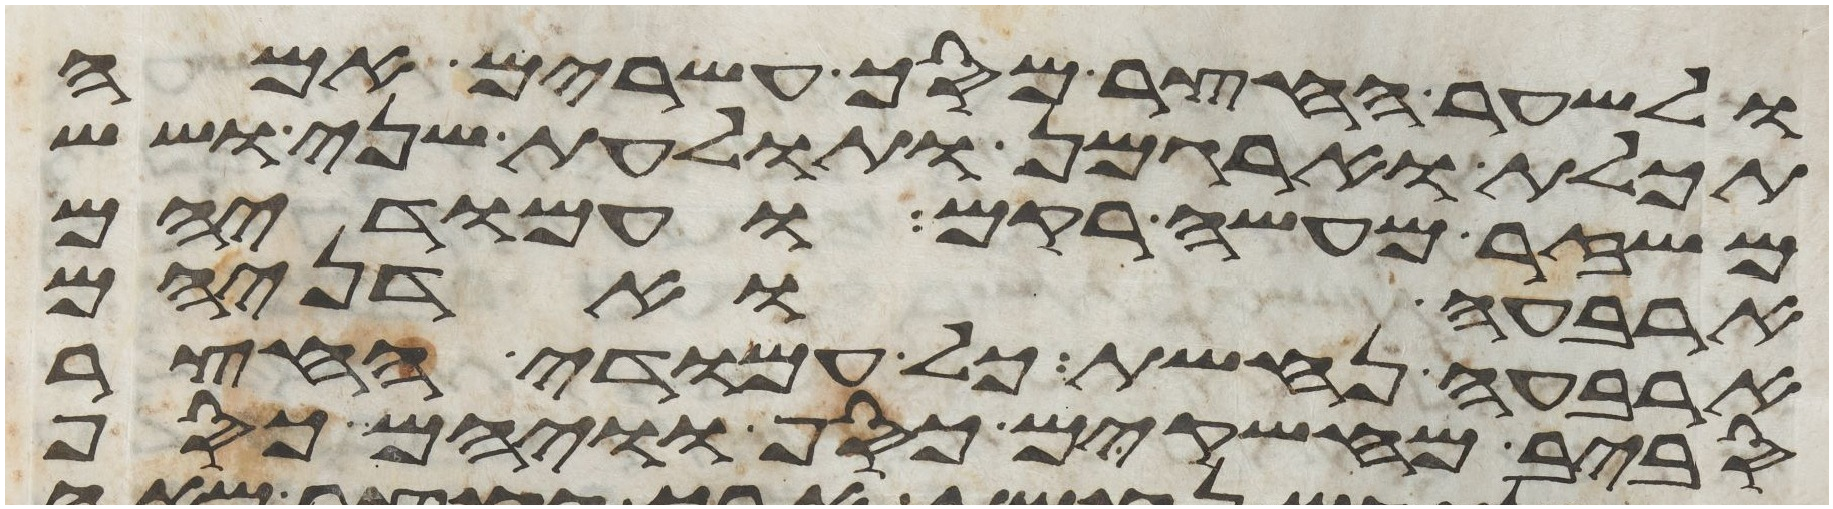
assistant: ולשער החצר מסך עשרים אמה
תכלת וארגמן ותולעת שני ושש
משזר מעשה רקם ועמודיהם
ארבעה ואדניהם
ארבעה נחשת כל עמודי החצר
סביב מחשקים כסף וויהם כסף